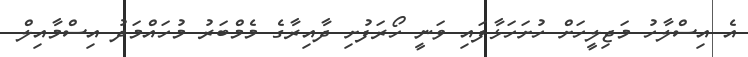
އެ އިސްލާހު މަޖިލީހަށް ހުށަހަޅާފައި ވަނީ ހޯރަފުށި ދާއިރާގެ މެމްބަރު މުހައްމަދު އިސްމާއިލް